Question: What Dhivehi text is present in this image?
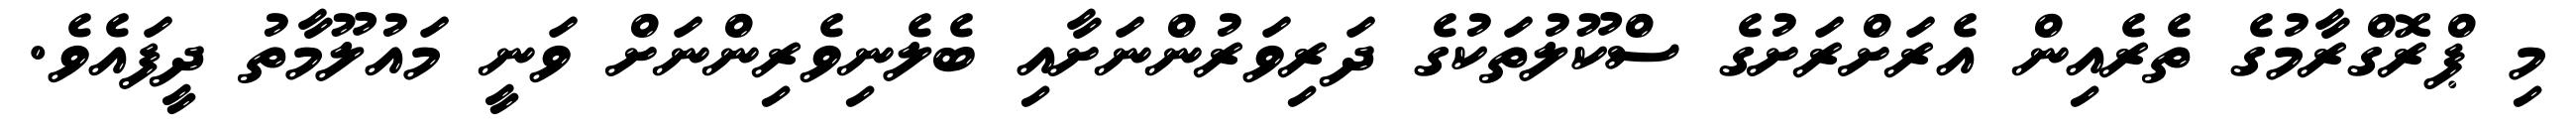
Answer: މި ޕްރޮގްރާމުގެ ތެރެއިން އެރަށްރަށުގެ ސްކޫލުތަކުގެ ދަރިވަރުންނަށާއި ބެލެނިވެރިންނަށް ވަނީ މައުލޫމާތު ދީފައެވެ.